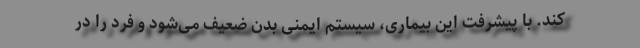
کند. با پیشرفت این بیماری، سیستم ایمنی بدن ضعیف می‌شود و فرد را در